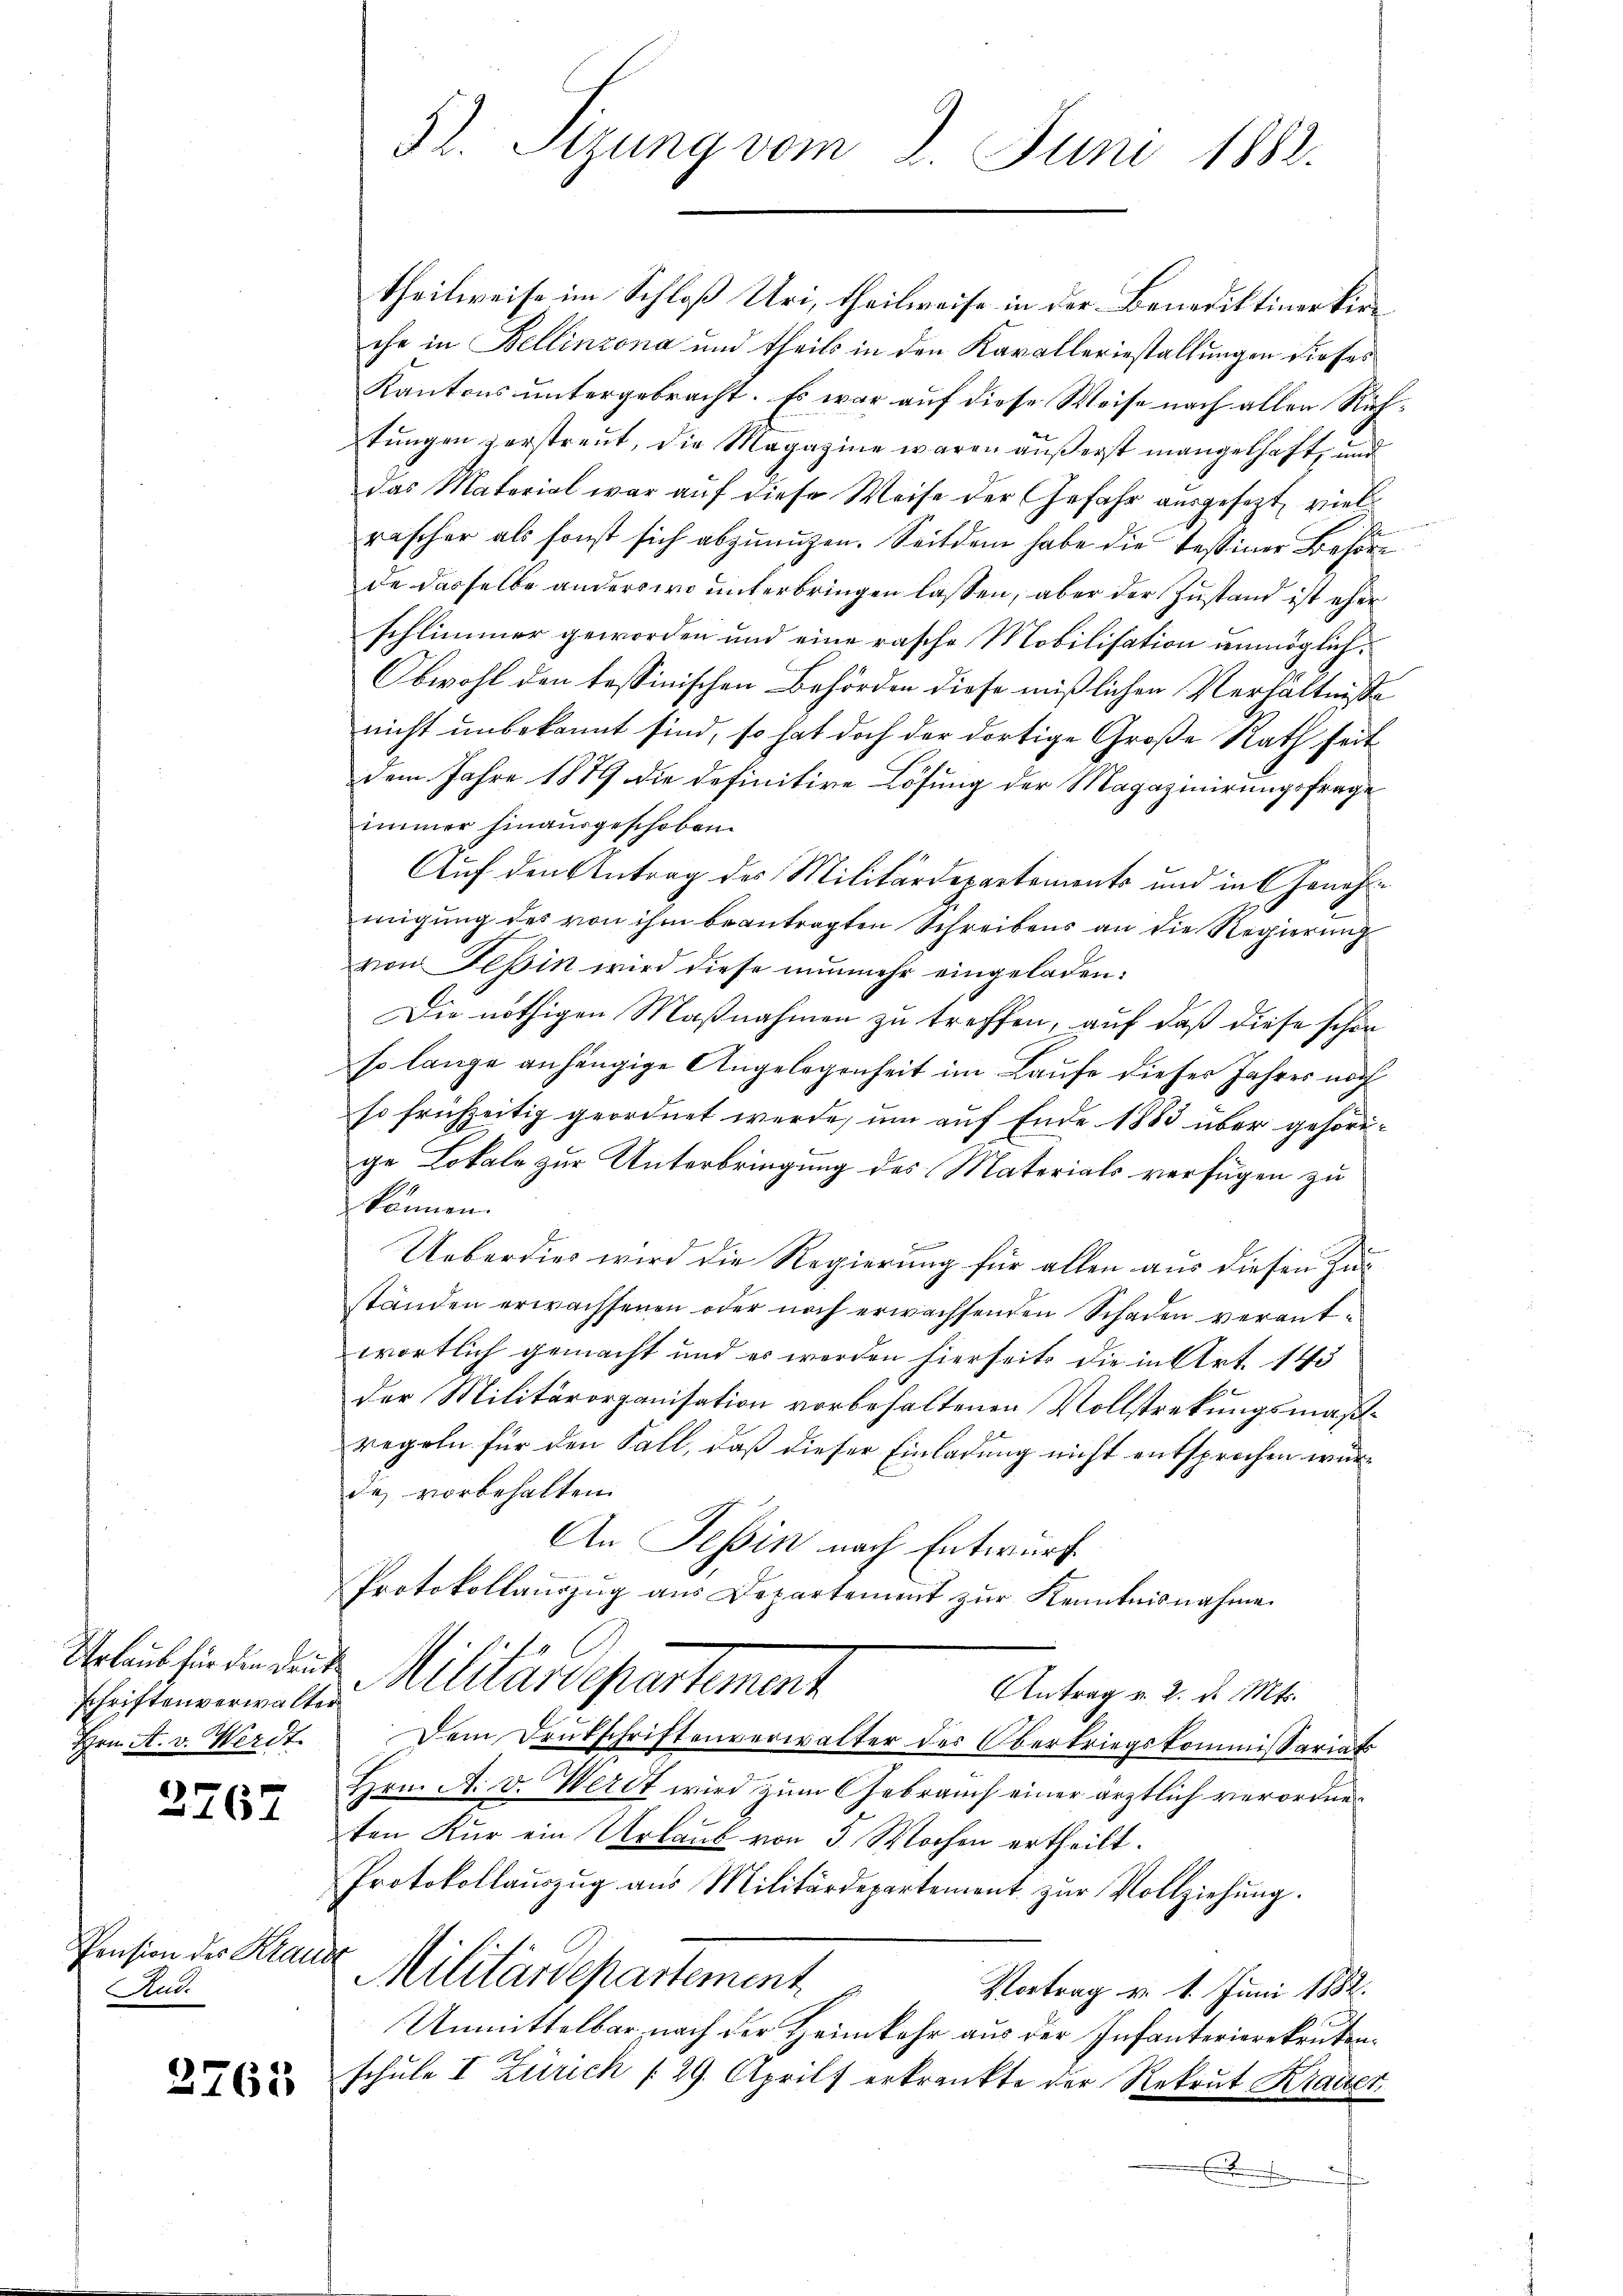
schriftenverwalter
Hrn. A. v. Werdt

2767

theilweise im Schloß Uri, theilweise in der Benediktiner kirche in Bellinzona und theils in den Kavalleriestallungen dieses
Kantons untergebracht. Es war auf diese Weise nach allen Richtungen zerstreut, die Magazine waren äußerst mangelhaft, und
das Material war auf diese Weise der Gefahr ausgesezt, viel
rascher als sonst sich abzunuzen. Seitdem habe die Tessiner Be
de dasselbe anderswo unterbringen lassen, aber der Zustand ist eher
schlimmer geworden und eine rasche Mobilisation unmöglich¬
Obwohl den tessinischen Behörden diese mißlichen Verhältnisse
nicht unbekannt sind, so hat doch der dortige Große Rath seit
dem Jahre 1889 die definitive Lösung der Magazinirungsfrage
immer hinausgeschoben.
Auf den Antrag des Militärdepartements und in Genehm
migung des von ihm beantragten Schreibens an die Regierung
von Teßin wird diese nunmehr eingeladen:
Die nöthigen Maßnahmen zu treffen, auf daß diese schön
so lange anhängige Angelegenheit im Laufe dieser Jahres noch
so frühzeitig geordnet werde, um auf Ende 1883 über gehörige Lokale zur Unterbringung des Materials verfügen zu
können.
Ueberdies wird die Regierung für allen aus diesen Zu
ständen erwachsenen oder noch erwachsenden Schaden verantwortlich gemacht und es werden hierseits die in Art. 143
der Militärorganisation vorbehaltenen Vollstrekungsmaßregeln für den Fall, daß dieser Einladung nicht entsprochen würde vorbehalten.
An Tessin nach Entwurf
Protokollaŭszŭg aŭs Departement zŭr Kenntnisnahme
Urlaub finden den Militärdepartement
Antrag v. 2. d. Mts.
Dem Drukschriftenverwalter der Oberkriegskommissariats
Hrn. A. v. Werdt wird zum Gebrauch einer ärztlich verordneten Kur ein Urlaub von 5 Wochen ertheilt.
Protokollaŭszŭg aŭs Militärdepartement zŭr Vollziehung.
Militärdepartement
Vortrag v. 1. Juni 1882.
Unmittelbar nach der Heimkehr aus der Infanterierekruten¬
A
schule I Zürich /29. April erkrankte der Rekrut Krauter
Eintretung

Pension der Krausz
Audi

2763

52. Sizung vom 8. Juni 1882.